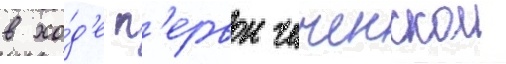
в хо́д'е п'ервои чеченскои